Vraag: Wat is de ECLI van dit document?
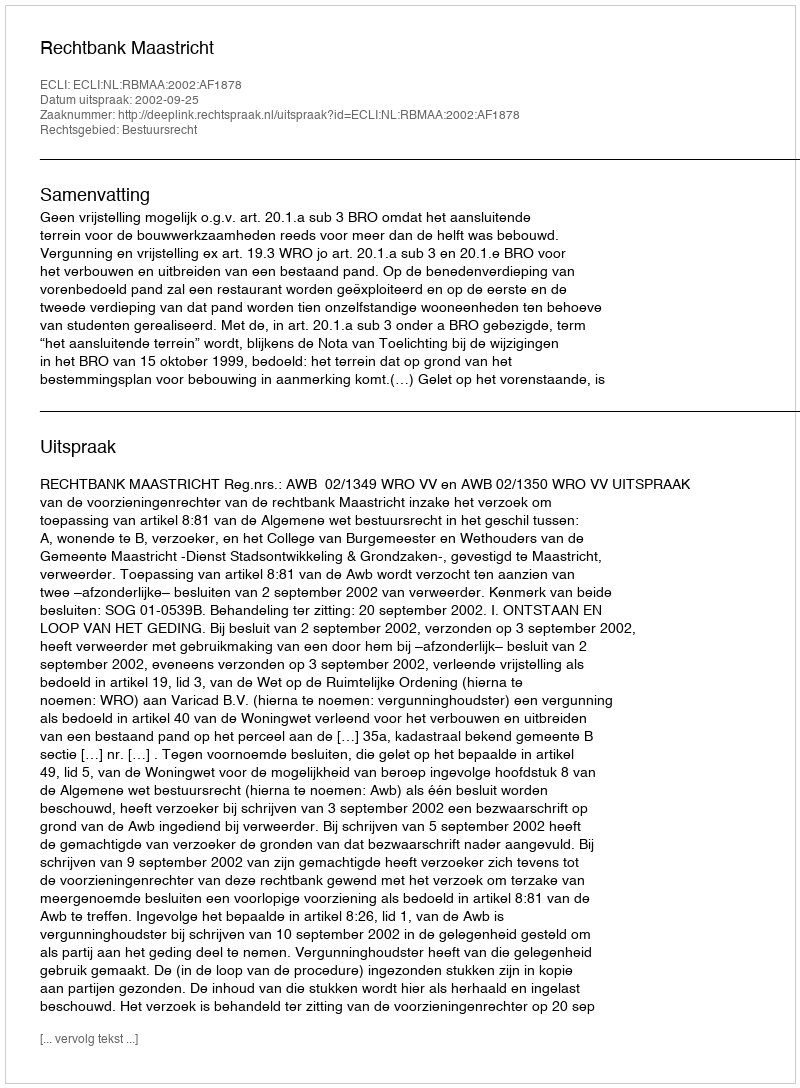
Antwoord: ECLI:NL:RBMAA:2002:AF1878